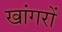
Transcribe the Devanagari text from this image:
खांगरों